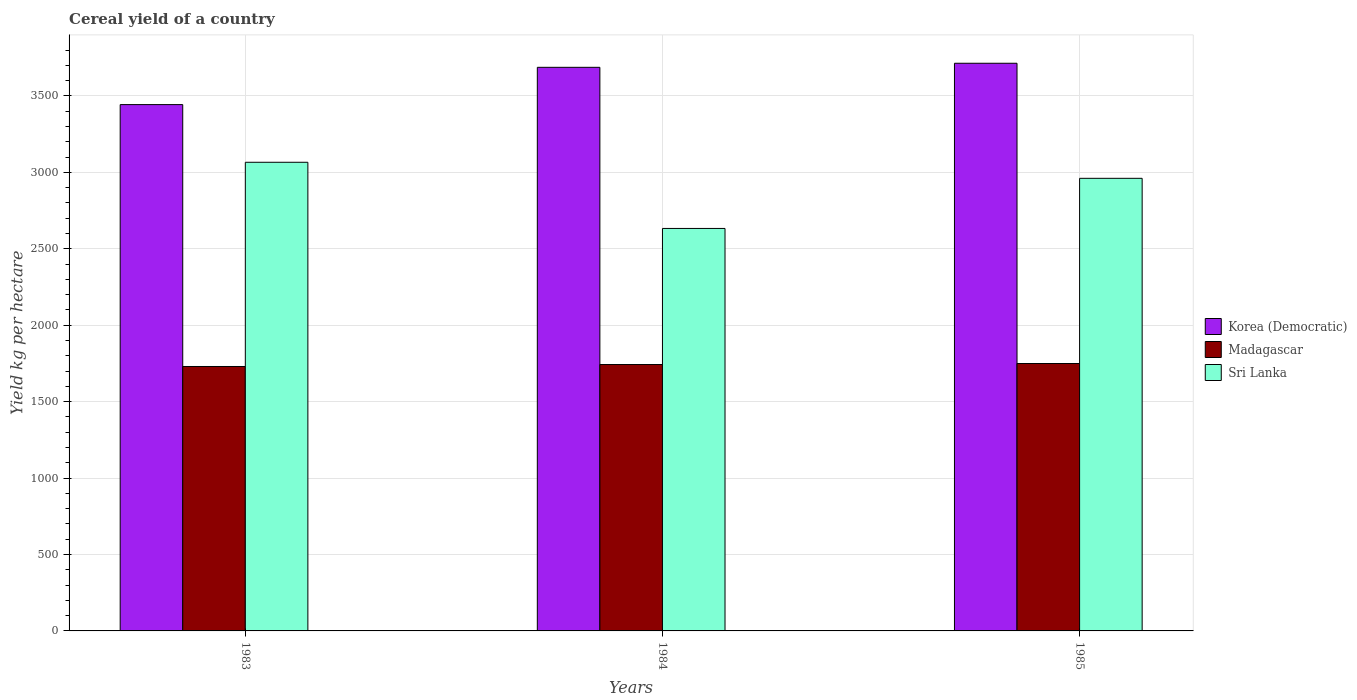
| Years | Korea (Democratic) | Madagascar | Sri Lanka |
 | --- | --- | --- | --- |
 | 1983 | 3.44e+03 | 1.73e+03 | 3.07e+03 |
 | 1984 | 3.69e+03 | 1.74e+03 | 2.63e+03 |
 | 1985 | 3.71e+03 | 1.75e+03 | 2.96e+03 |